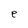
Character: e